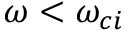
\omega < \omega _ { c i }